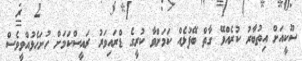
ސޫކީއަށް އިތުބާރު ކުރެއްވޭ ގާތް ބޭފުޅެއް ކަމަށްވާ ކުރީގެ ޑްރައިވަރު ރައީސްކަމަށް ހުށަހެޅުއްވީވެސް